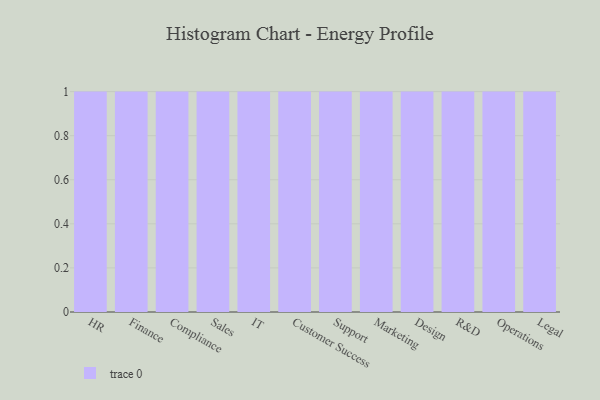
{"axis": {"x": "Department", "y": "Backlog"}, "legend": [""], "data": [{"x": "HR", "y": 5, "type": ""}, {"x": "Finance", "y": 100, "type": ""}, {"x": "Compliance", "y": 49, "type": ""}, {"x": "Sales", "y": 36, "type": ""}, {"x": "IT", "y": 92, "type": ""}, {"x": "Customer Success", "y": 40, "type": ""}, {"x": "Support", "y": 64, "type": ""}, {"x": "Marketing", "y": 64, "type": ""}, {"x": "Design", "y": 75, "type": ""}, {"x": "R&D", "y": 99, "type": ""}, {"x": "Operations", "y": 91, "type": ""}, {"x": "Legal", "y": 51, "type": ""}]}